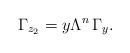
LaTeX: \begin{align*} \Gamma_{z_2}=y\Lambda^n\,\Gamma_y.\end{align*}